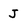
Character: J